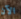
الآن